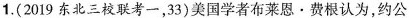
1.(2019东北三校联考一，33)美国学者布莱恩·费根认为，约公